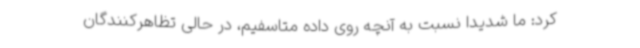
کرد: ما شدیدا نسبت به آنچه روی داده متاسفیم، در حالی تظاهرکنندگان